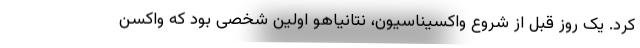
کرد. یک روز قبل از شروع واکسیناسیون، نتانیاهو اولین شخصی بود که واکسن